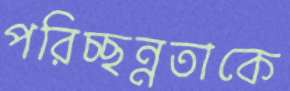
পরিচ্ছন্নতাকে